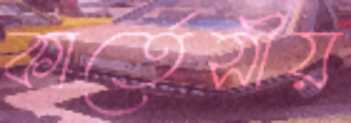
কার্তেসীয়